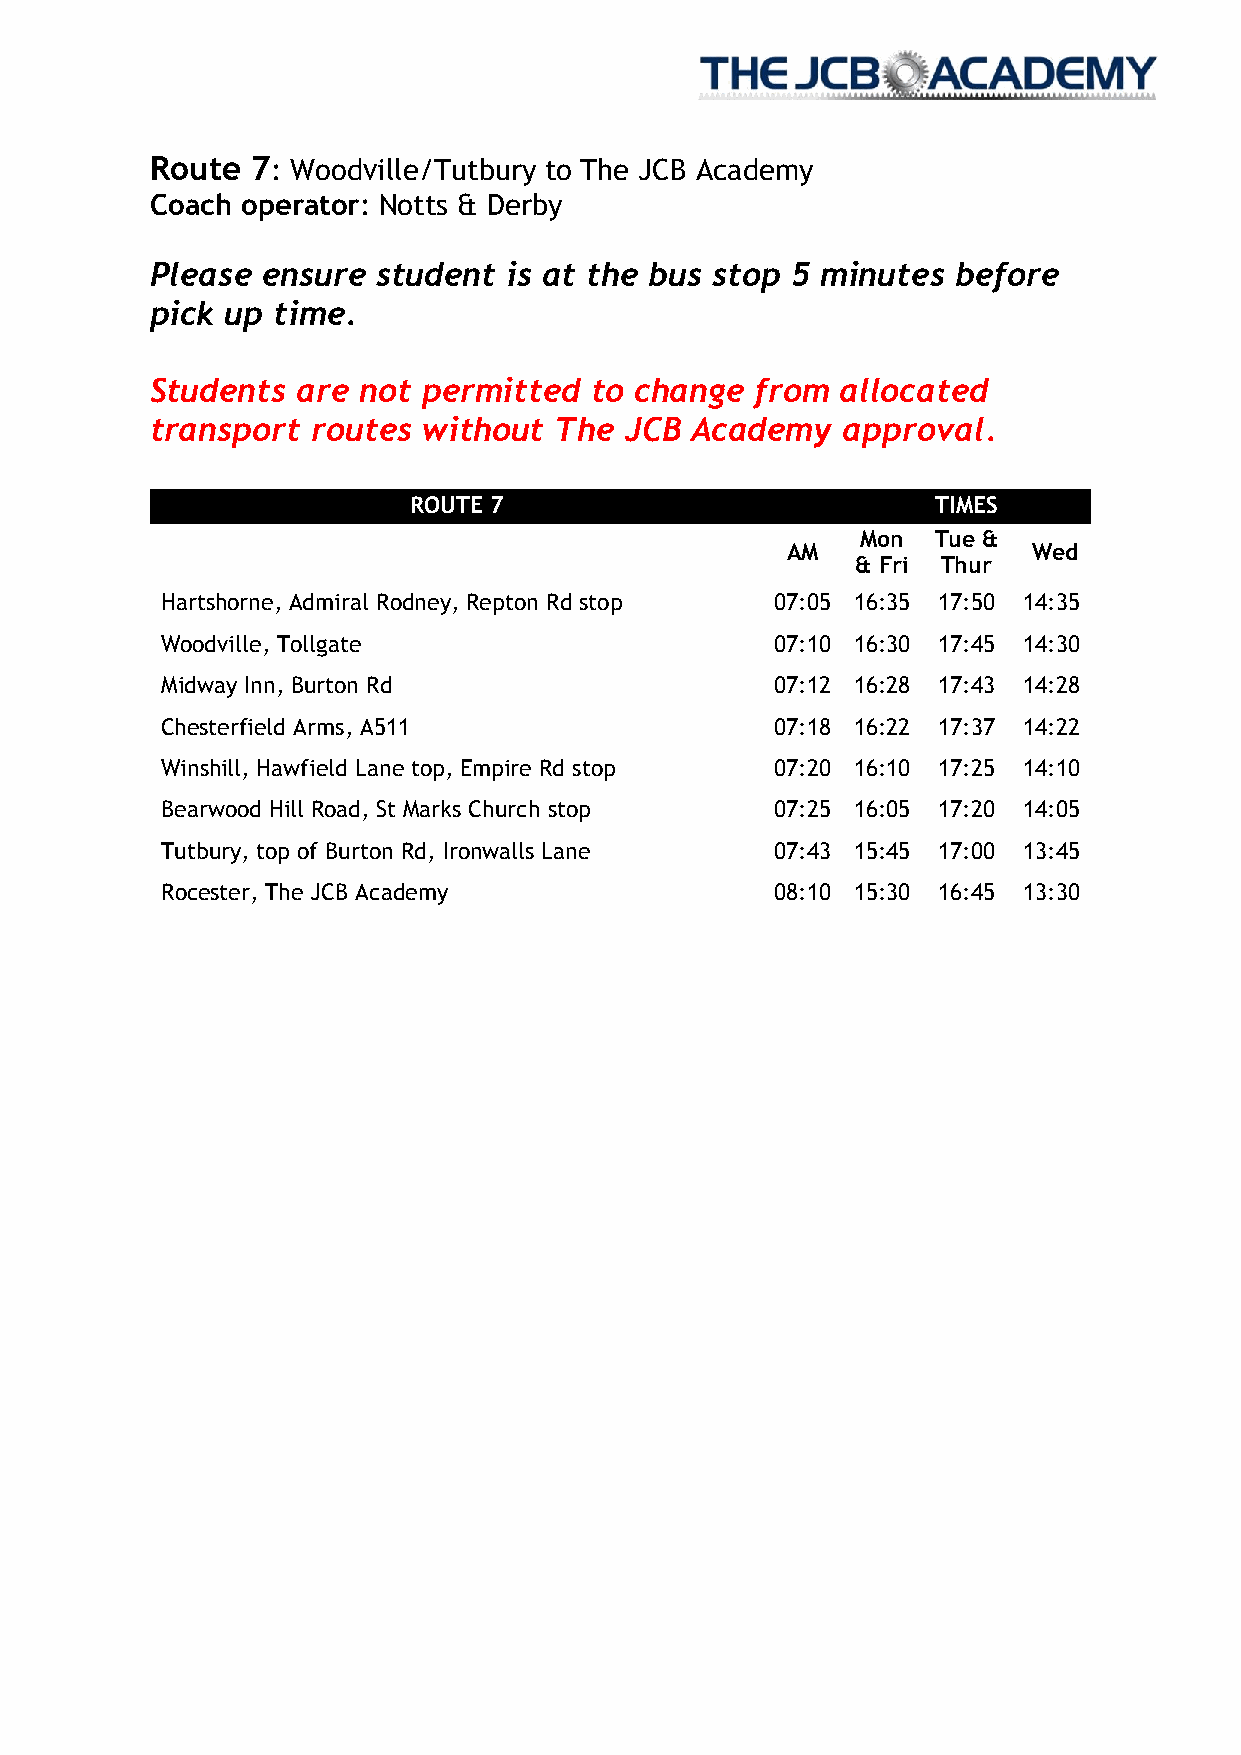
Route  7: Woodville/Tutbury to The JCB Academy
 Coach operator: Notts & Derby
 Please ensure  student  is at the bus stop 5 minutes before
 pick up time.
 Students  are not permitted  to change  from  allocated
 transport  routes without  The JCB  Academy   approval.
 ROUTE 7                            TIMES
 Mon  Tue &
 AM              Wed
 & Fri Thur
 Hartshorne, Admiral Rodney, Repton Rd stop 07:05 16:35 17:50 14:35
 Woodville, Tollgate                     07:10 16:30 17:45 14:30
 Midway Inn, Burton Rd                   07:12 16:28 17:43 14:28
 Chesterfield Arms, A511                 07:18 16:22 17:37 14:22
 Winshill, Hawfield Lane top, Empire Rd stop 07:20 16:10 17:25 14:10
 Bearwood Hill Road, St Marks Church stop 07:25 16:05 17:20 14:05
 Tutbury, top of Burton Rd, Ironwalls Lane 07:43 15:45 17:00 13:45
 Rocester, The JCB Academy               08:10 15:30 16:45 13:30